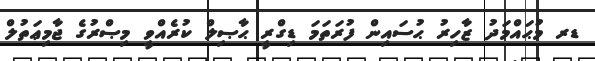
ޑރ މުޙައްމަދު ޒާހިރު ޙުސައިން ފުރަތަމަ ޑިގްރީ ޙާޞިލް ކުރެއްވީ މިޞްރުގެ ޖާމިޢަތުލް